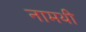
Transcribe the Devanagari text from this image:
नामथी